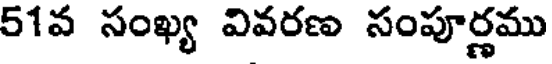
51వ సంఖ్య వివరణ సంపూర్ణము